Civil Veterinary Dept. Bombay admin report 1893-99 - 1893-1899
Year: 1893
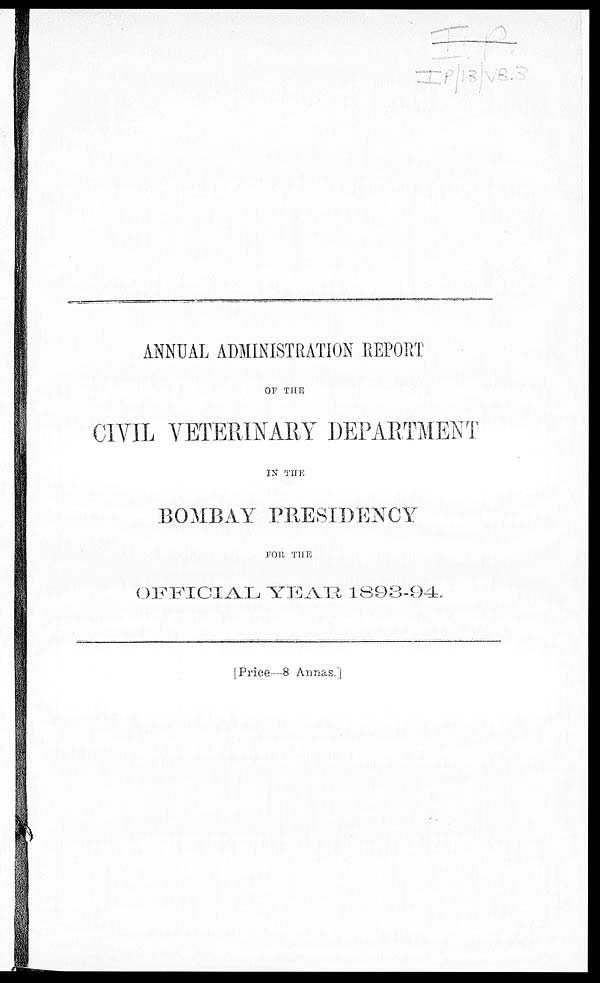
ANNUAL ADMINISTRATION REPORT
OF THE
CIVIL VETERINARY DEPARTMENT
IN THE
BOMBAY PRESIDENCY
FOR THE
OFFICIAL YEAR 1893-94.
[Price—8 Annas.]